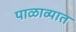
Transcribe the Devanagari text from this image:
पाळाव्यात